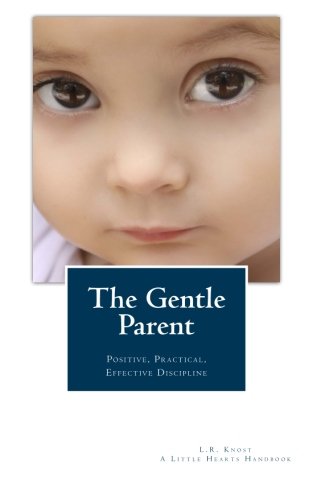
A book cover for The Gentle Parent: Positive, Practical, Effective Discipline (A Little Hearts Handbook); L.R. Knost; Parenting & Relationships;